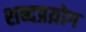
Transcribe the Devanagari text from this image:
शब्दप्रय़ोग